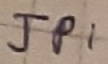
Text: JPI